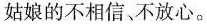
姑娘的不相信、不放心。